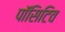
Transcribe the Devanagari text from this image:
पॉसिटिव